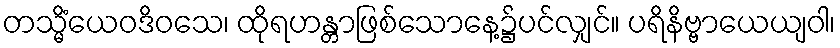
တသ္မိံယေဝဒိဝသေ၊ ထိုရဟန္တာဖြစ်သောနေ့၌ပင်လျှင်။ ပရိနိဗ္ဗာယေယျဝါ၊